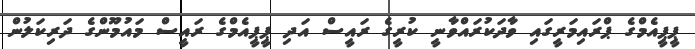
ޕީޕީއެމްގެ ޕްރައިމަރީގައި ވާދަކުރައްވާނީ ކުރީގެ ރައީސް އަދި ޕީޕީއެމްގެ ރައީސް މައުމޫންގެ ދަރިކަލުން